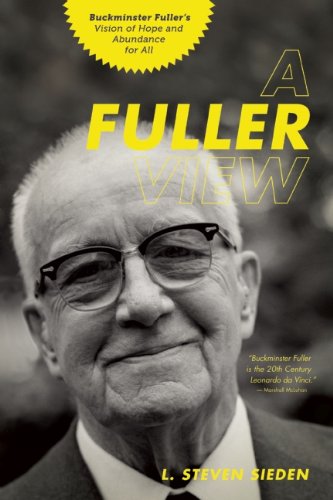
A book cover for A Fuller View: Buckminster Fuller's Vision of Hope and Abundance for All; L. Steven Sieden; Biographies & Memoirs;